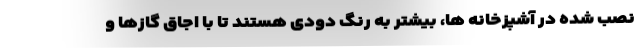
نصب شده در آشپزخانه ها، بیشتر به رنگ دودی هستند تا با اجاق گازها و